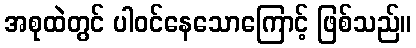
အစုထဲတွင် ပါဝင်နေသောကြောင့် ဖြစ်သည်။